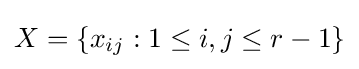
X=\{x_{ij}:1\leq i,j\leq r-1\}